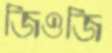
জিওজি